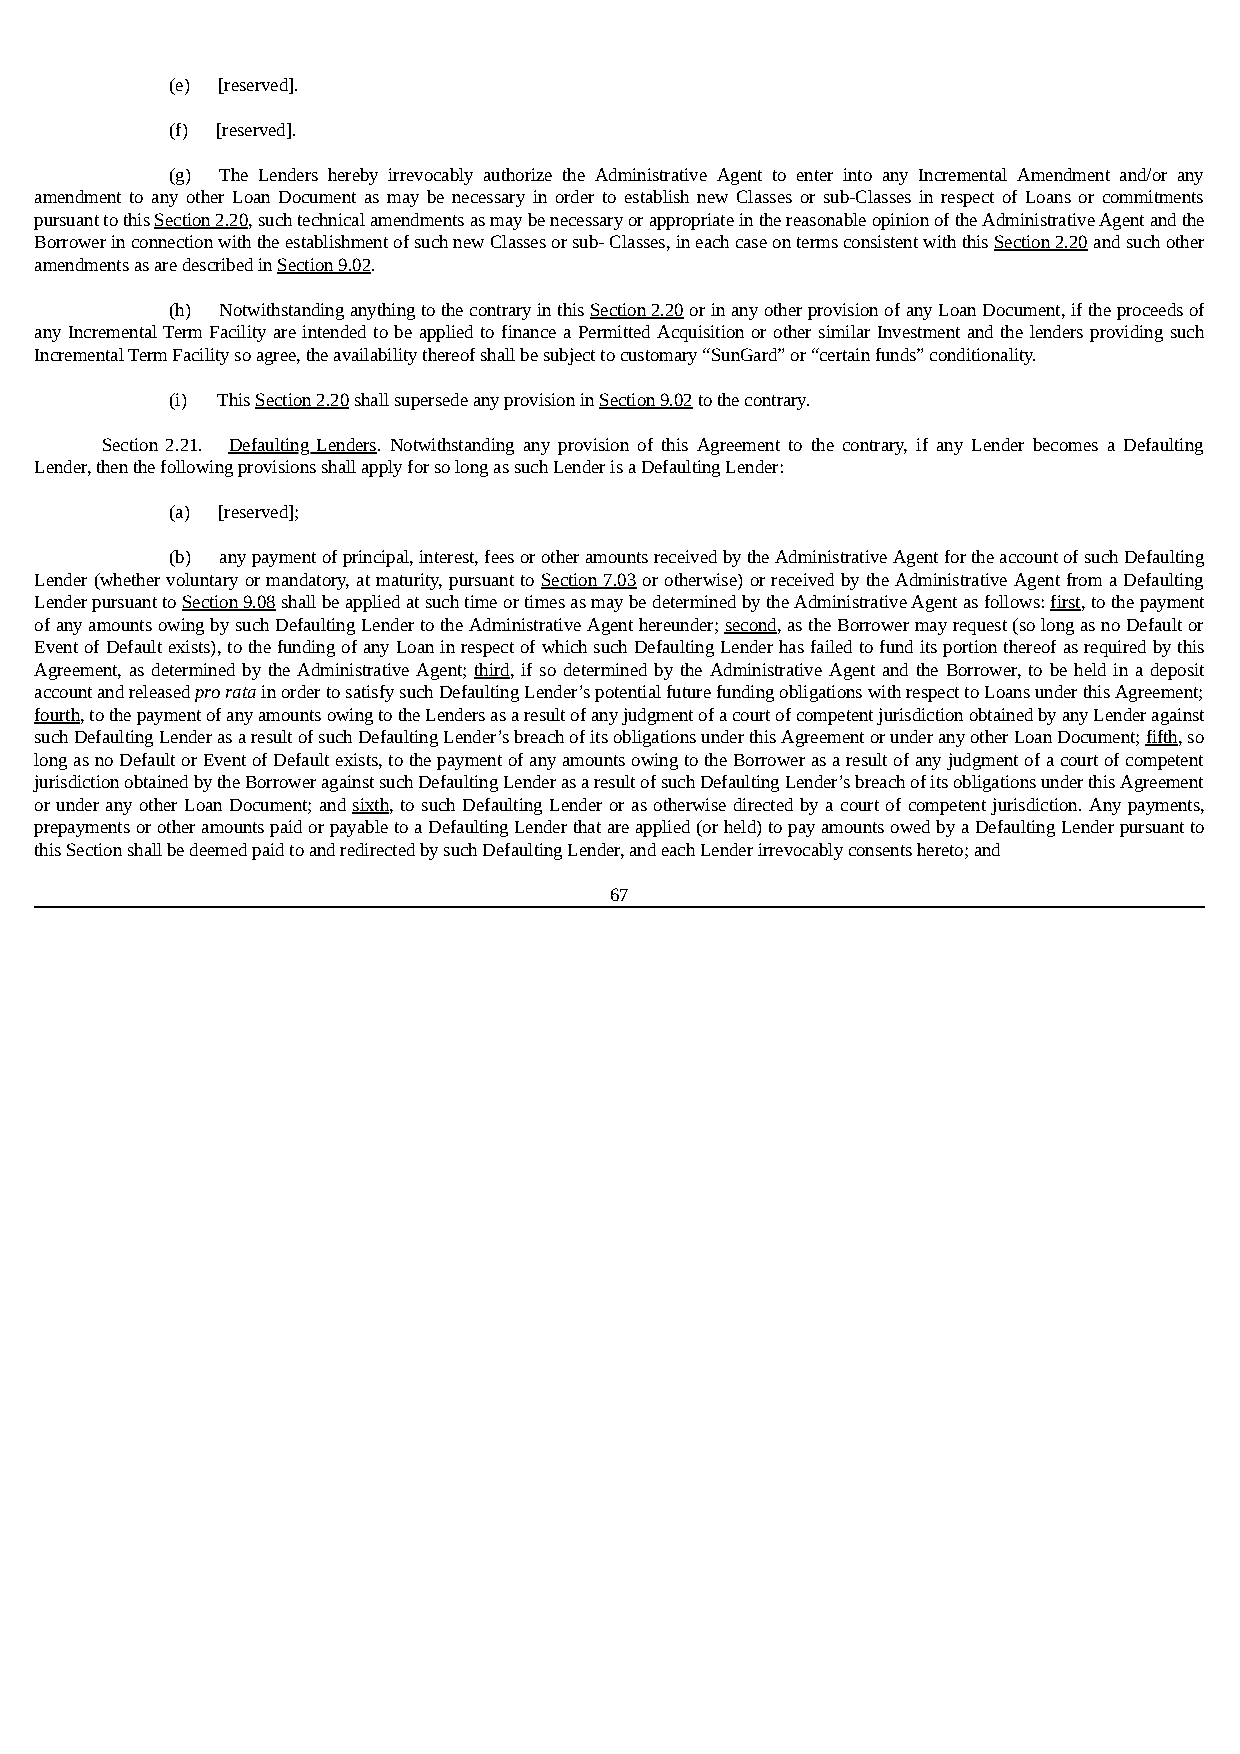
(e) [reserved].
 (f) [reserved].
 (g) The Lenders hereby irrevocably authorize the Administrative Agent to enter into any Incremental Amendment and/or any
 amendment to any other Loan Document as may be necessary in order to establish new Classes or sub-Classes in respect of Loans or commitments
 pursuant to this Section 2.20, such technical amendments as may be necessary or appropriate in the reasonable opinion of the Administrative Agent and the
 Borrower in connection with the establishment of such new Classes or sub- Classes, in each case on terms consistent with this Section 2.20 and such other
 amendments as are described in Section 9.02.
 (h) Notwithstanding anything to the contrary in this Section 2.20 or in any other provision of any Loan Document, if the proceeds of
 any Incremental Term Facility are intended to be applied to finance a Permitted Acquisition or other similar Investment and the lenders providing such
 Incremental Term Facility so agree, the availability thereof shall be subject to customary “SunGard” or “certain funds” conditionality.
 (i) This Section 2.20 shall supersede any provision in Section 9.02 to the contrary.
 Section 2.21. Defaulting Lenders. Notwithstanding any provision of this Agreement to the contrary, if any Lender becomes a Defaulting
 Lender, then the following provisions shall apply for so long as such Lender is a Defaulting Lender:
 (a) [reserved];
 (b) any payment of principal, interest, fees or other amounts received by the Administrative Agent for the account of such Defaulting
 Lender (whether voluntary or mandatory, at maturity, pursuant to Section 7.03 or otherwise) or received by the Administrative Agent from a Defaulting
 Lender pursuant to Section 9.08 shall be applied at such time or times as may be determined by the Administrative Agent as follows: first, to the payment
 of any amounts owing by such Defaulting Lender to the Administrative Agent hereunder; second, as the Borrower may request (so long as no Default or
 Event of Default exists), to the funding of any Loan in respect of which such Defaulting Lender has failed to fund its portion thereof as required by this
 Agreement, as determined by the Administrative Agent; third, if so determined by the Administrative Agent and the Borrower, to be held in a deposit
 account and released pro rata in order to satisfy such Defaulting Lender’s potential future funding obligations with respect to Loans under this Agreement;
 fourth, to the payment of any amounts owing to the Lenders as a result of any judgment of a court of competent jurisdiction obtained by any Lender against
 such Defaulting Lender as a result of such Defaulting Lender’s breach of its obligations under this Agreement or under any other Loan Document; fifth, so
 long as no Default or Event of Default exists, to the payment of any amounts owing to the Borrower as a result of any judgment of a court of competent
 jurisdiction obtained by the Borrower against such Defaulting Lender as a result of such Defaulting Lender’s breach of its obligations under this Agreement
 or under any other Loan Document; and sixth, to such Defaulting Lender or as otherwise directed by a court of competent jurisdiction. Any payments,
 prepayments or other amounts paid or payable to a Defaulting Lender that are applied (or held) to pay amounts owed by a Defaulting Lender pursuant to
 this Section shall be deemed paid to and redirected by such Defaulting Lender, and each Lender irrevocably consents hereto; and
 67